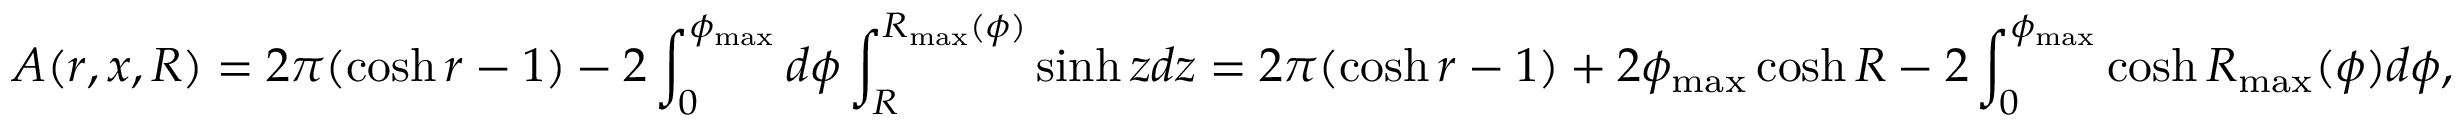
A ( r , x , R ) = 2 \pi ( \cosh r - 1 ) - 2 \int _ { 0 } ^ { \phi _ { \operatorname* { m a x } } } d \phi \int _ { R } ^ { R _ { \operatorname* { m a x } } ( \phi ) } \sinh z d z = 2 \pi ( \cosh r - 1 ) + 2 \phi _ { \operatorname* { m a x } } \cosh R - 2 \int _ { 0 } ^ { \phi _ { \operatorname* { m a x } } } \cosh R _ { \operatorname* { m a x } } ( \phi ) d \phi ,